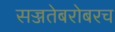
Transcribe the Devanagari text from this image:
सज्जतेबरोबरच